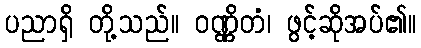
ပညာရှိ တို့သည်။ ဝဏ္ဏိတံ၊ ဖွင့်ဆိုအပ်၏။